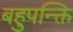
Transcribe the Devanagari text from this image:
बहुपन्क्ति